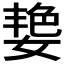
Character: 𮱑